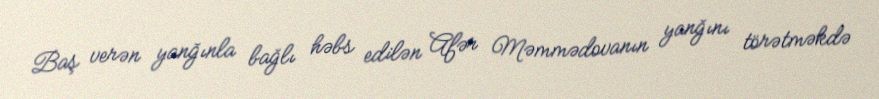
Baş verən yanğınla bağlı həbs edilən Afər Məmmədovanın yanğını törətməkdə